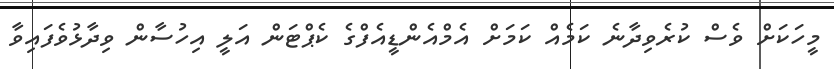
މީހަކަށް ވެސް ކުރެވިދާނެ ކަމެއް ކަމަށް އެމްއެންޑީއެފްގެ ކެޕްޓަން އަލީ އިހުސާން ވިދާޅުވެފައިވާ